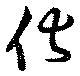
伏